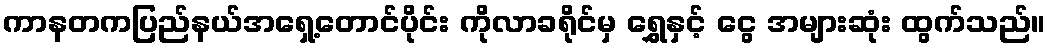
ကာနတကပြည်နယ်အရှေ့တောင်ပိုင်း ကိုလာခရိုင်မှ ရွှေနှင့် ငွေ အများဆုံး ထွက်သည်။